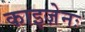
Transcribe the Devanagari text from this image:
काइज़ेनः